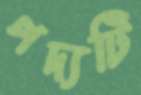
পদ্যটি